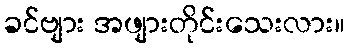
ခင်ဗျား အဖျားတိုင်းသေးလား။